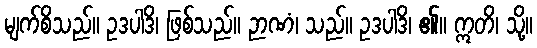
မျက်စိသည်။ ဥဒပါဒိ၊ ဖြစ်သည်။ ဉာဏံ၊ သည်။ ဥဒပါဒိ၊ ၏။ ဣတိ၊ သို့။